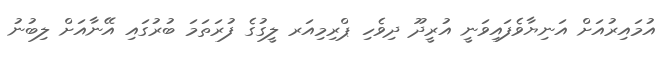
އުމައިރުއަށް އަނިޔާވެފައިވަނީ އުރީދޫ ދިވެހި ޕްރިމިއަރ ލީގުގެ ފުރަތަމަ ބުރުގައި އޭނާއަށް ލިބުނު